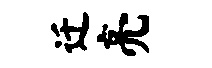
迁亮